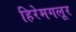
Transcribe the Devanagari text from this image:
हिरेमगलूर